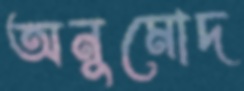
অনুমোদ